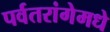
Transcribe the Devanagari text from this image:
पर्वतरांगेमधे